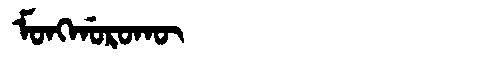
Manchu: ᠮᠣᠩᡤᠣᡵᠣᡴᡡ
Romanization: MONGGOROKŪ